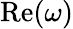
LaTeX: \mathrm{Re}(\omega)